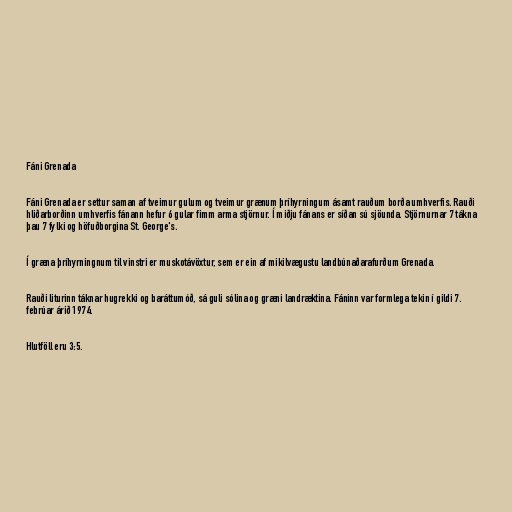
Fáni Grenada

Fáni Grenada er settur saman af tveimur gulum og tveimur grænum þríhyrningum ásamt rauðum borða umhverfis. Rauði
hliðarborðinn umhverfis fánann hefur 6 gular fimm arma stjörnur. Í miðju fánans er síðan sú sjöunda. Stjörnurnar 7 tákna
þau 7 fylki og höfuðborgina St. George's.

Í græna þríhyrningnum til vinstri er muskotávöxtur, sem er ein af mikilvægustu landbúnaðarafurðum Grenada.

Rauði liturinn táknar hugrekki og baráttumóð, sá guli sólina og græni landræktina. Fáninn var formlega tekin í gildi 7.
febrúar árið 1974.

Hlutföll eru 3:5.